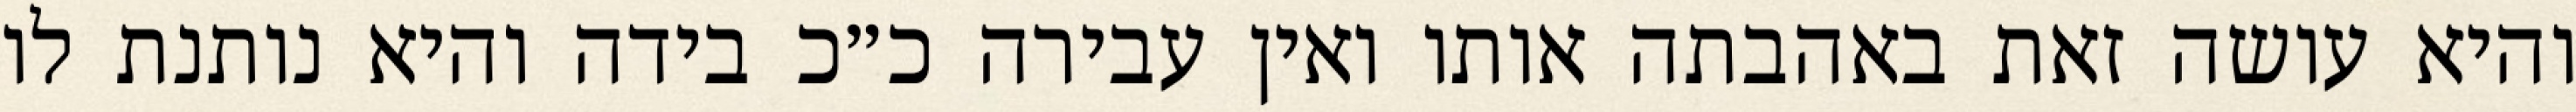
והיא עושה זאת באהבתה אותו ואין עבירה כ״כ בידה והיא נותנת לו